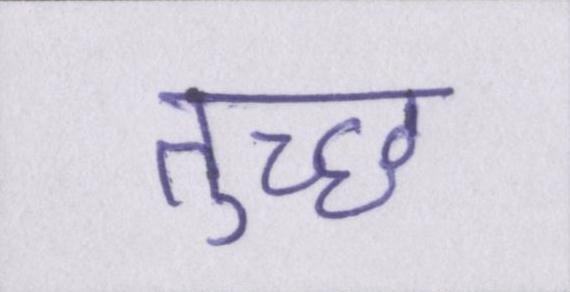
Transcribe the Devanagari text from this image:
तुच्छ